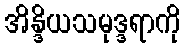
အိန္ဒိယသမုဒ္ဒရာကို